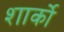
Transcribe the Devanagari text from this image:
शार्को